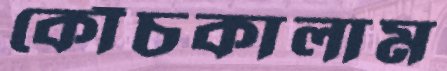
কোঁচকালাম